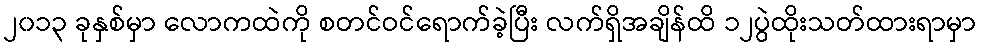
၂၀၁၃ ခုနှစ်မှာ လောကထဲကို စတင်ဝင်ရောက်ခဲ့ပြီး လက်ရှိအချိန်ထိ ၁၂ပွဲထိုးသတ်ထားရာမှာ